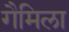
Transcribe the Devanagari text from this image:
गैमिला